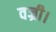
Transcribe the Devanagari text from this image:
वज्री।